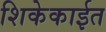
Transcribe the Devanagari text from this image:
शिकेकाईत